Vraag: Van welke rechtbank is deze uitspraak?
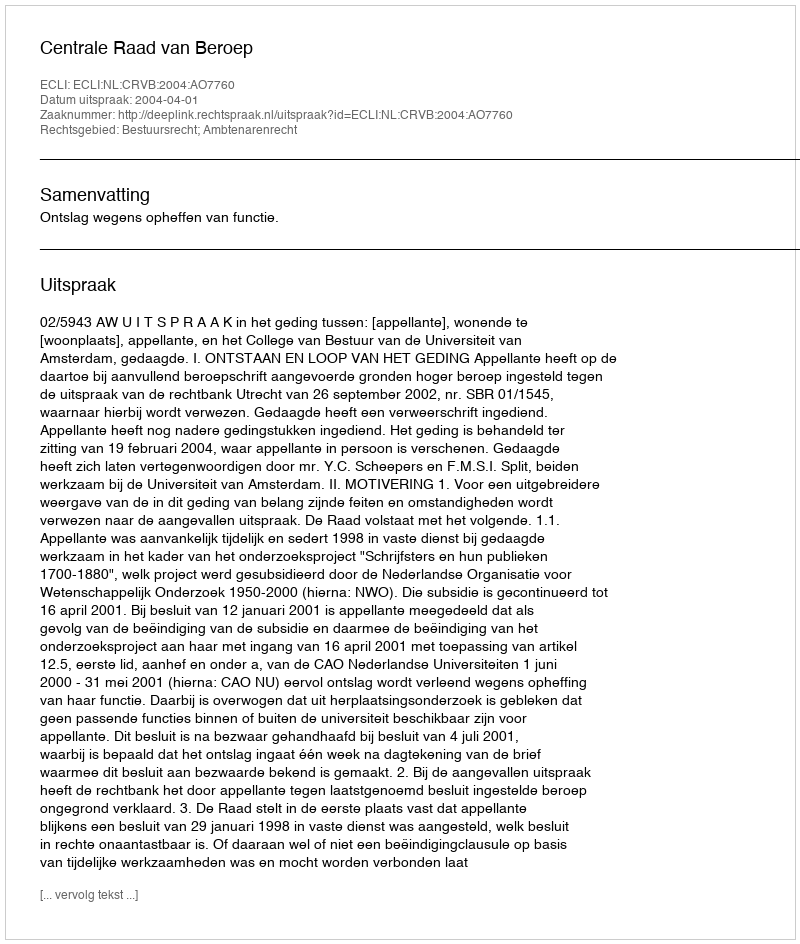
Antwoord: Centrale Raad van Beroep